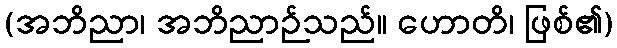
(အဘိညာ၊ အဘိညာဉ်သည်။ ဟောတိ၊ ဖြစ်၏)